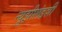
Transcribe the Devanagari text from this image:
न्यूझीलंडशी